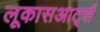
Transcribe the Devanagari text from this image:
लूकासआर्ट्स